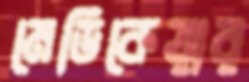
মেডিকেয়ার